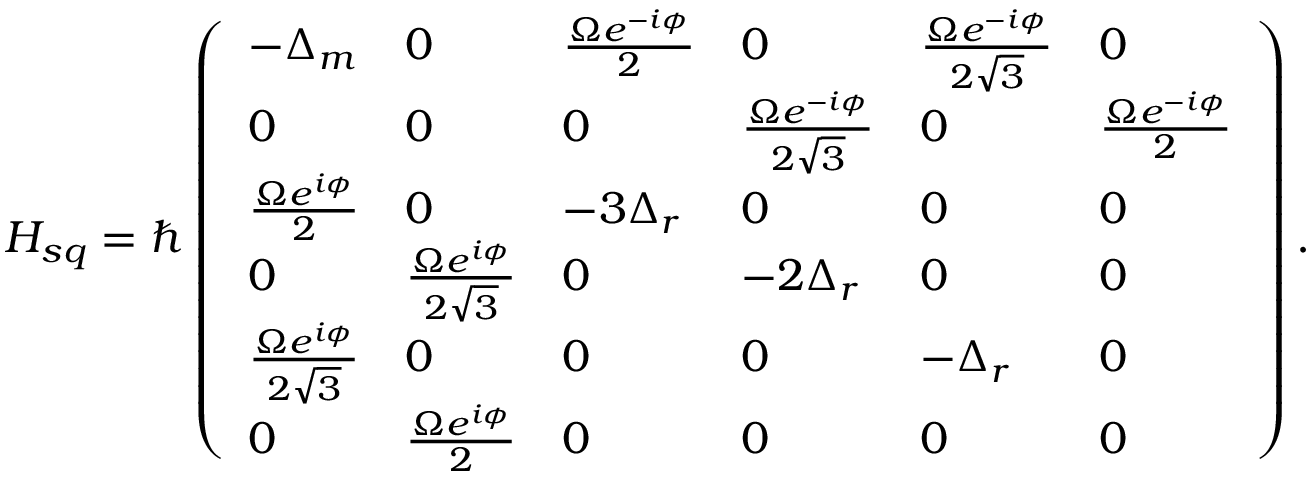
H _ { s q } = \hbar \left( \begin{array} { l l l l l l } { - \Delta _ { m } } & { 0 } & { \frac { \Omega e ^ { - i \phi } } { 2 } } & { 0 } & { \frac { \Omega e ^ { - i \phi } } { 2 \sqrt { 3 } } } & { 0 } \\ { 0 } & { 0 } & { 0 } & { \frac { \Omega e ^ { - i \phi } } { 2 \sqrt { 3 } } } & { 0 } & { \frac { \Omega e ^ { - i \phi } } { 2 } } \\ { \frac { \Omega e ^ { i \phi } } { 2 } } & { 0 } & { - 3 \Delta _ { r } } & { 0 } & { 0 } & { 0 } \\ { 0 } & { \frac { \Omega e ^ { i \phi } } { 2 \sqrt { 3 } } } & { 0 } & { - 2 \Delta _ { r } } & { 0 } & { 0 } \\ { \frac { \Omega e ^ { i \phi } } { 2 \sqrt { 3 } } } & { 0 } & { 0 } & { 0 } & { - \Delta _ { r } } & { 0 } \\ { 0 } & { \frac { \Omega e ^ { i \phi } } { 2 } } & { 0 } & { 0 } & { 0 } & { 0 } \end{array} \right) .